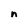
Character: n